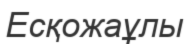
Есқожаұлы